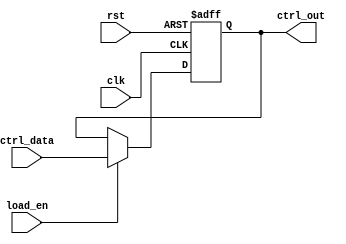
module ControlRegister #(
    parameter N = 8 // Parameter defining the width of the control register
)(
    input wire clk,               // Clock signal
    input wire rst,               // Asynchronous reset
    input wire [N-1:0] ctrl_data, // Parallel input bus for control signals
    input wire load_en,           // Load enable signal
    output reg [N-1:0] ctrl_out   // Parallel output bus for control register
);

    // Asynchronous reset and synchronous load process
    always @(posedge clk or posedge rst) begin
        if (rst) begin
            ctrl_out <= {N{1'b0}}; // Initialize to 0 on reset
        end else if (load_en) begin
            ctrl_out <= ctrl_data; // Load control data when load_en is asserted
        end
        // If load_en is not asserted, the previous value is retained
    end

endmodule